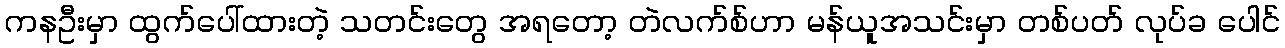
ကနဦးမှာ ထွက်ပေါ်ထားတဲ့ သတင်းတွေ အရတော့ တဲလက်စ်ဟာ မန်ယူအသင်းမှာ တစ်ပတ် လုပ်ခ ပေါင်